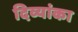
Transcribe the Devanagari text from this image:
दिव्यांका